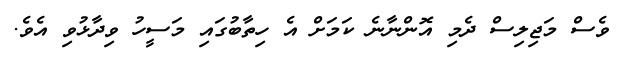
ވެސް މަޖިލިސް ދެމި އޮންނާނެ ކަމަށް އެ ހިތާބުގައި މަސީހު ވިދާޅުވި އެވެ.